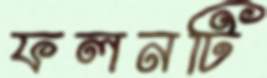
ফলনটি